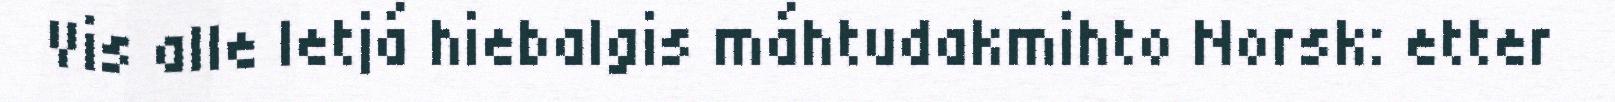
Vis alle Ietjá hiebalgis máhtudakmihto Norsk: etter